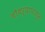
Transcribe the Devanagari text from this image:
चौथऱ्यापासून